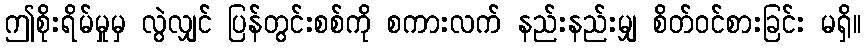
ဤစိုးရိမ်မှုမှ လွဲလျှင် ပြန်တွင်းစစ်ကို စကားလက် နည်းနည်းမျှ စိတ်ဝင်စားခြင်း မရှိ။